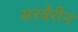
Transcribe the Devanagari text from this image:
सरबेरीन